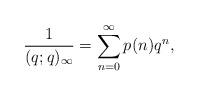
LaTeX: \begin{align*}\frac{1}{(q;q)_{\infty}} = \sum_{n=0}^{\infty}p(n)q^n,\end{align*}